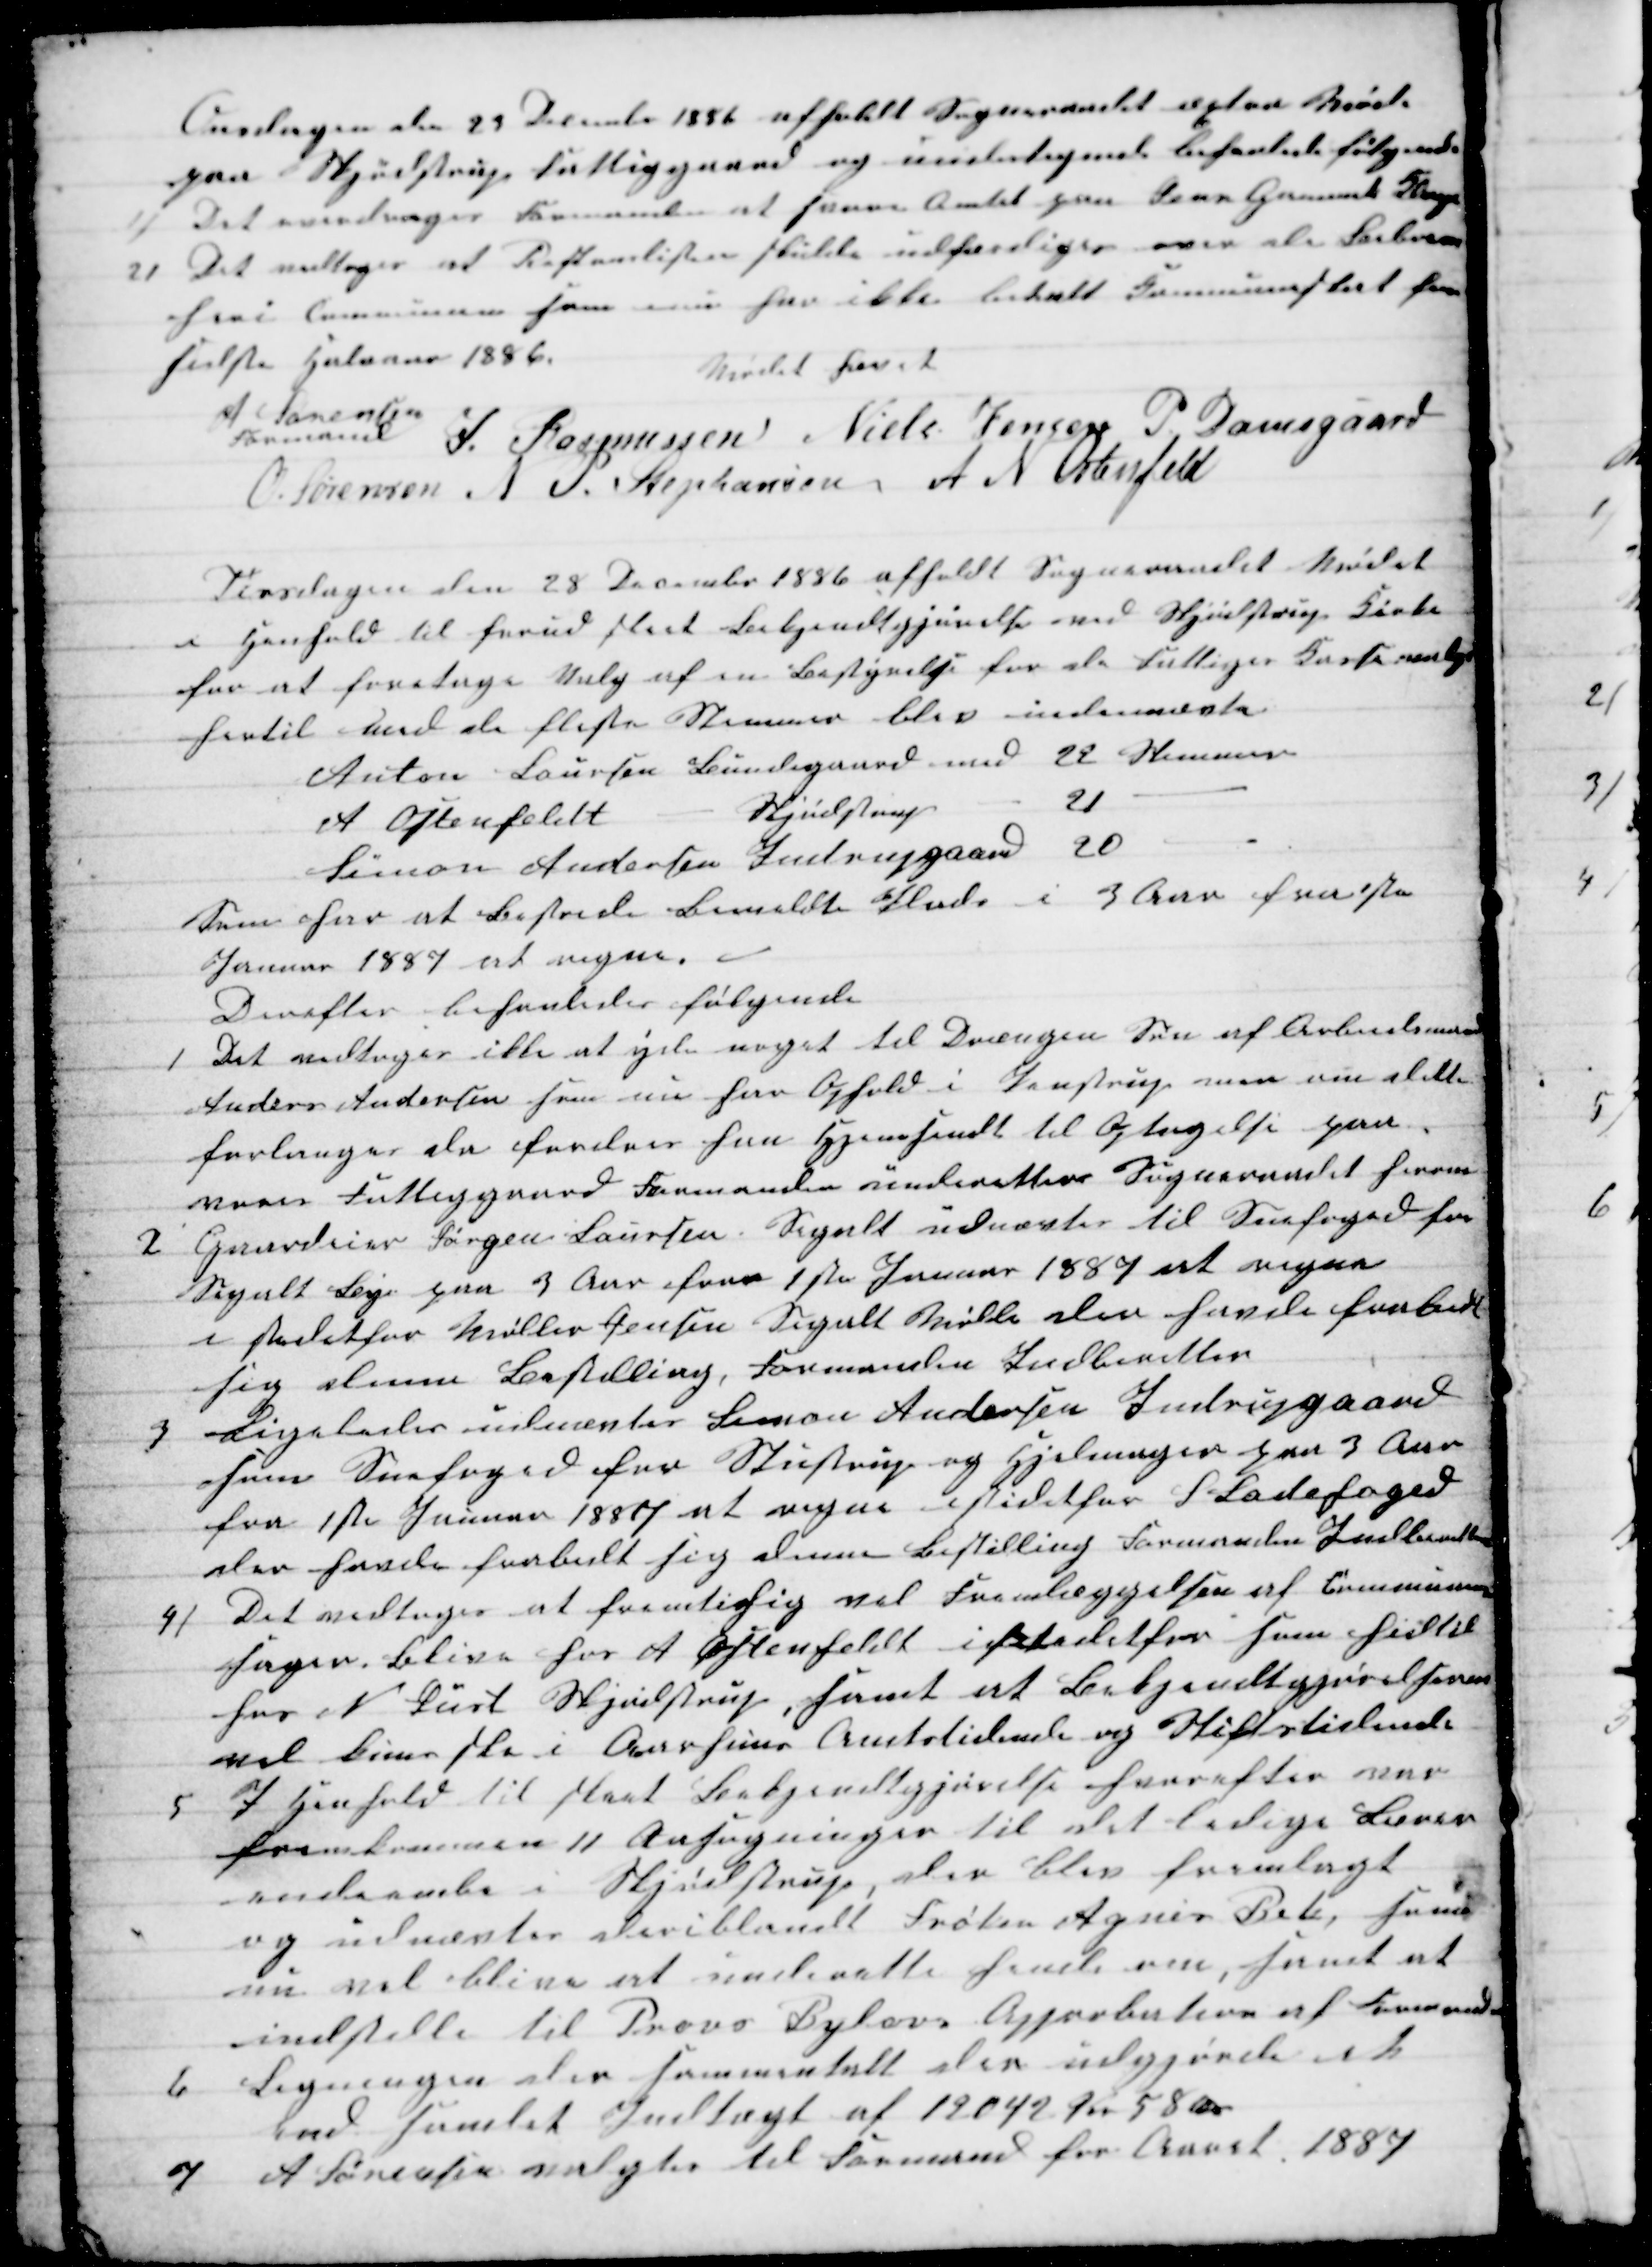
Transskription:
Onsdagen den 29 December 1886 afholdt Sogneraadet æxtra Møde
paa Skjødstrup Fattiggaard og undertegnede behanlede følgende
1)
Det overdroges Formanden at svare Amtet paa Jens Gammels Klage
2) Det vedtoges at Restanslisten skulde udfærdiges over de Beboere
heri Communen som enu har ikke betalt Kommuneskat for
sidste Halvaar 1886.
Mødet hævet
A Sørensen
Formand 
J. Rasmussen Niels Jensen P. Damsgaard
O. Sørensen 
N P. Stephansen A N Ostenfeld
Tirsdagen den 28 December 1886 afholdt Sogneraadet Mødet
i Henhold til forud sket Bekjendtgjørelse ved Skjødstrup Kirke
for at foretage Valg af en Bestyrelse for de Fattiges Kasse valgt
hertil med de fleste Stemmer blev indenævte
Anton Laursen Bundegaard med 22 Stemmer
A Offenfeldt
Skjødstrup
21
Simon Andersen Indrupgaard 20
Som har at bestride bemeldte Plads i 3 Aar fra 1ste
Januar 1887 at regne.
Derefter behanledes følgende
1
Det vedtoges ikke at yde noget til Drængen Søn af Arbeidsmand
Anders Andersen som nu har Ophold i Penstrup men om dette
forlanges da fordres han Hjemsendt til Optagelse paa
vores Fattiggaard Formanden underetter Sogneraadet herom
2
Gaardeier Jørgen Laursen Segalt udnævtes til Snefoged for
Segalt Bye paa 3 Aar fra 1 ste Januar 1887 at regne
i stedetfor Møller Jensen Segalt Mølle der havde frabedt
sig denne Bestilling Formanden Indberetter
3
Ligeledes udnævtes Simon Andersen Indrupgaard
som Snefoged for Stustrup og Hjelmager paa 3 Aar
fra 1ste Januar 1887 at regne istedetfor S Ladefoged
der havde frabedt sig denne Bestilling Formanden Indberetter
4)
Det vedtoges at fremtihig vil Fremlæggelsen af Communens
Sager blive hos A Ostenfeldt istedetfor som hidtil
hos N Just Skjødstrup, samt at Bekjendtgjørelserne
vil kuns ske i Aarhuus Amtstidende og Stiftstidende
5 I Henhold til sket Bekjendtgjørelse hvorefter var
fremkommen 11 Ansøgninger til det ledige Lærer-
indeembe i Skjødstrup, der blev fremlagt
og udnævtes deriblandt Frøken Agnes Bek, som
nu vil blive at underette hende om, samt at
indstille til Provs Bylovs Approbation af Formanden
6
Ligningen der sammentalt der udgjørde et
end samlet Indtægt af 12042 Kr 58 Øre
7 A Sørensen valgtes til Formand for Aaret 1887